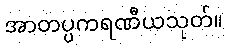
အာတပ္ပကရဏီယသုတ်။